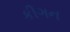
કીગન